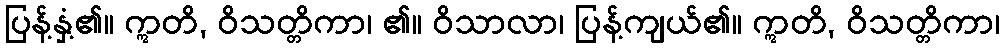
ပြန့်နှံ့၏။ ဣတိ, ဝိသတ္တိကာ၊ ၏။ ဝိသာလာ၊ ပြန့်ကျယ်၏။ ဣတိ, ဝိသတ္တိကာ၊